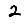
Digit: 2